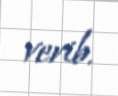
verib.